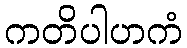
ကတိပါဟကံ